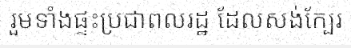
រួមទាំងផ្ទះប្រជាពលរដ្ឋ ដែលសង់ក្បែរ